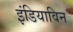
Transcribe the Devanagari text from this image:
इंडियाविन